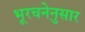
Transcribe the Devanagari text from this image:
भूरचनेनुसार